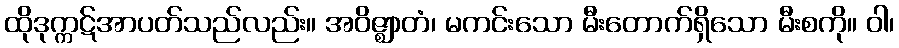
ထိုဒုက္ကဋ်အာပတ်သည်လည်း။ အဝိဇ္ဈာတံ၊ မကင်းသော မီးတောက်ရှိသော မီးစကို။ ဝါ၊